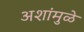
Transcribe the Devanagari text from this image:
अशांमुळे